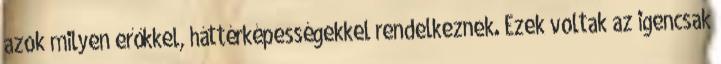
azok milyen erőkkel, háttérképességekkel rendelkeznek. Ezek voltak az igencsak